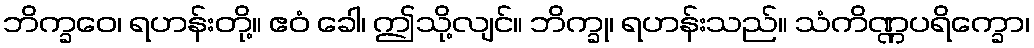
ဘိက္ခဝေ၊ ရဟန်းတို့။ ဧဝံ ခေါ၊ ဤသို့လျင်။ ဘိက္ခု၊ ရဟန်းသည်။ သံကိဏ္ဏပရိက္ခော၊